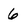
Character: 6